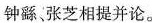
钟繇、张芝相提并论。